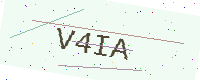
Text: V4IA